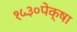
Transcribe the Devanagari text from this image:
१५३०पेक्षा